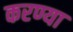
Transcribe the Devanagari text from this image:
करण्या